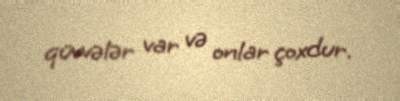
qüvvələr var və onlar çoxdur.